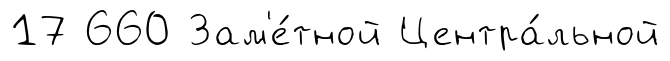
17 660 Зам'е́тной Центра́льной